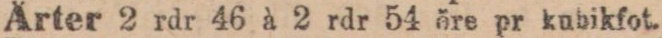
Ärter 2 rdr 46 à 2 rdr 54 öre pr kubikfot.